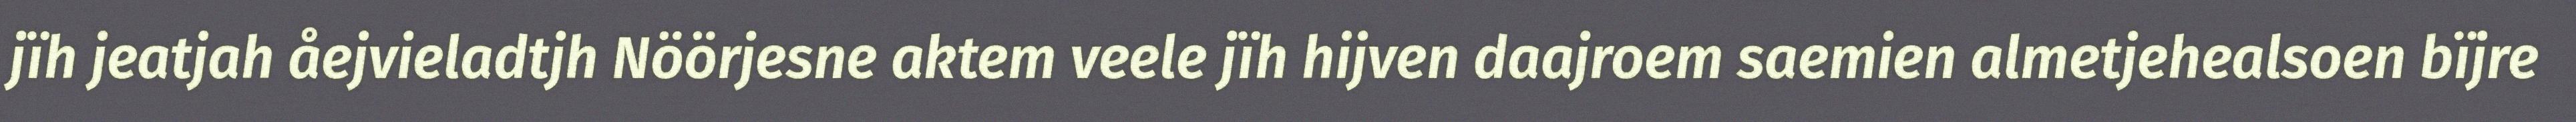
jïh jeatjah åejvieladtjh Nöörjesne aktem veele jïh hijven daajroem saemien almetjehealsoen bïjre